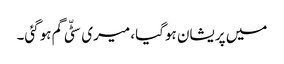
میں پریشان ہوگیا، میری سٹّی گم ہوگئی۔